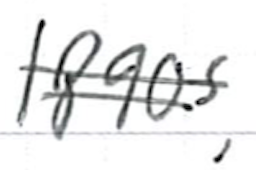
Text: 1890s,
Cross-out: double-line
Writing tool: ballpoint